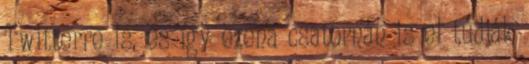
Twitterre is, és így ezena csatornán is el tudják